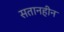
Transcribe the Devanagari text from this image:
सतानहीन